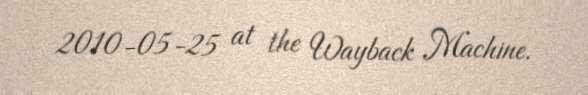
2010-05-25 at the Wayback Machine.